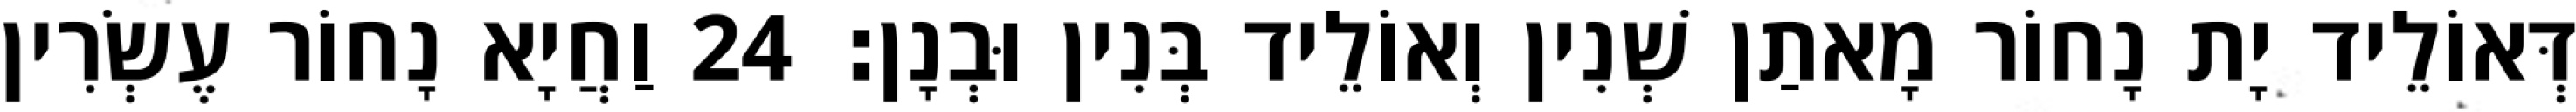
דְּאוֹלֵיד יָת נָחוֹר מָאתַן שְׁנִין וְאוֹלֵיד בְּנִין וּבְנָן׃ 24 וַחֲיָא נָחוֹר עֶשְׂרִין